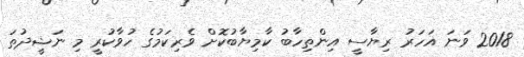
2018 ވަނަ އަހަރު ރިޔާސީ އިންތިހާބު ކާމިޔާބުކޮށް ވެރިކަމުގެ ހުވާކުރީ މި ނަޝީދުތަ